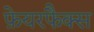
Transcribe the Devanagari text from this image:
फ़ेयरफैक्स